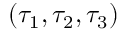
( \tau _ { 1 } , \tau _ { 2 } , \tau _ { 3 } )